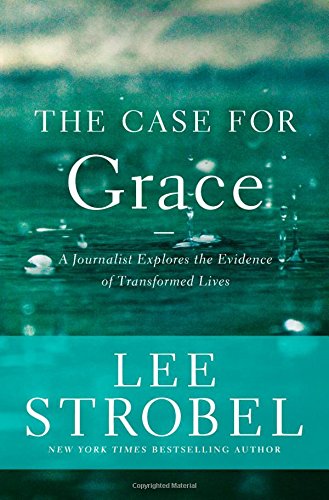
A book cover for The Case for Grace: A Journalist Explores the Evidence of Transformed Lives (Case for ... Series); Lee Strobel; Christian Books & Bibles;